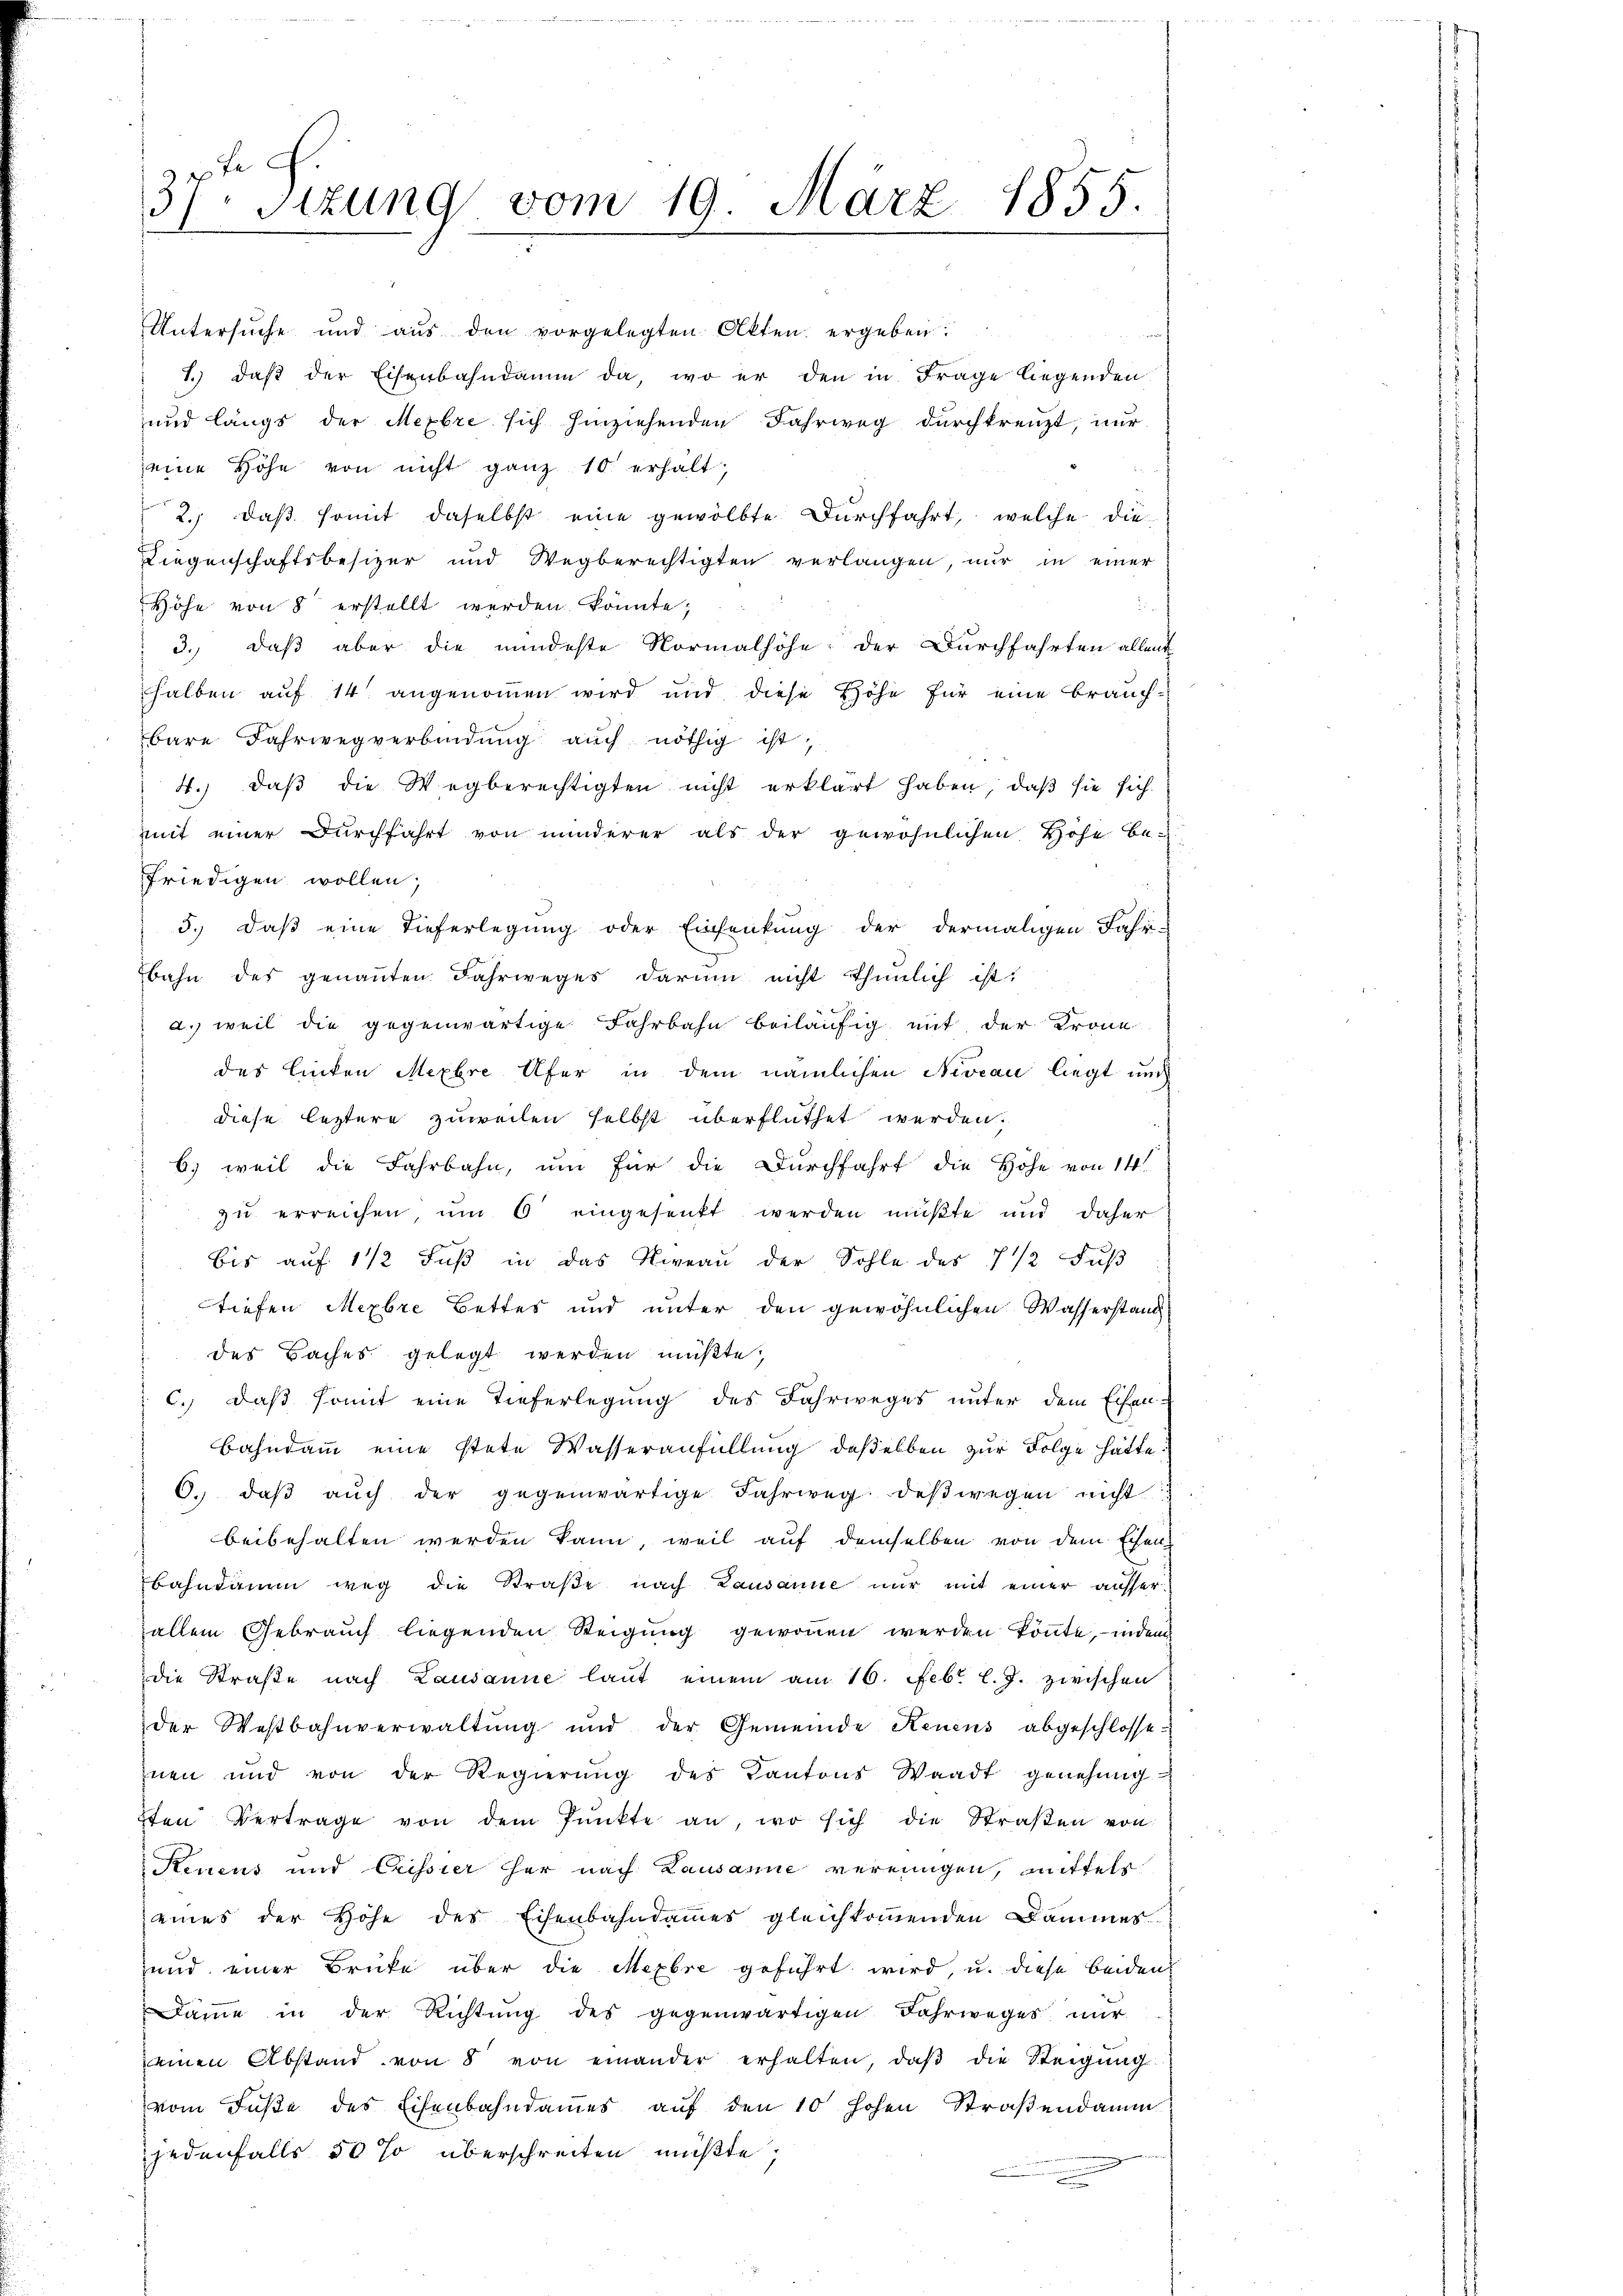
.
37. Sitzung vom 19. März 1855.

Untersŭche und aŭs den vorgelegten Akten ergeben:
1. daβ der Eisenbahndamm da, wo er den in Frage liegenden
und längs der Mexbre sich hinziehenden Fahrweg durchkreuzt, nur
eine Höhe von nicht ganz 10. erhält,
2. daβ somit daselbst eine gewölbte Durchfahrt, welche die
Liegenschaftsbesizer und Wegberechtigten verlangen, nur in einer
Höhe von 8 erstellt werden könnte;
¬
3. daß aber die mindeste Normalhöhe der Durchfahrten allent
halben auf 14 angenommen wird und diese Höhe für eine Brauch-
bare Fahrwegverbindung auch nöthig ist,
4.) daß die Wegberechtigten nicht erklärt haben, daß sie sich
mit einer Durchfahrt von minderer als der gewöhnlichen Höhe be-
friedigen wollen,
5.) Daß eine Tieferlegung oder Einsenkung der dermaligen Fahr-
bahn des genannten Fahrweges darum nicht thunlich ist:
a. weil die gegenwärtige Fahrbahn beiläufig mit der Krone
des linken Mexbre Ufer in dem nämlichen Niveau liegt und
diese leztere zuweilen selbst überfluthet werden,
6) weil die Fahrbahn, um für die Durchfahrt die Höhe von 14
zu erreichen, um 6 eingesenkt werden müßte und daher
bis aŭf 1 1/2 Fŭβ in das Niveau der Sohle des 7 1/2 Fŭβ
tiefen Mexbre Bettes und unter den gewöhnlichen Wasserstand
des Baches gelegt werden müßte;
 c.) daß somit eine Tieferlegung des Fahrweges unter dem Eisen
Bahndamm eine stete Wasseranfüllung deßelben zur Folge hätte.
6. daβ aŭch der gegenwärtige Fahrweg deswegen nicht
beibehalten werden kann, weil auf demselben von dem Ehen
bahndamm weg die Straße nach Lausanne nur mit einer ausserallein Gebrauch liegenden Steigung gewonnen werden könnte, indem
die Straße nach Lausanne laut einem am 16. Febr. l. J. zwischen
der Westbahnverwaltung und der Gemeinde Renens abgeschlosse-
nen und von der Regierŭng des Kantons Waadt genehmig-
7ten Vertrage von dem Pŭnkte an, wo sich die Straβen von
Rensus und Crissier her nach Lausanne vereinigen, mittels
eines der Höhe des Eisenbahndammes gleichkommenden Dammes-
und einer Brücke über die Mexbre geführt wird, u. diese beiden
Daṁe in der Richtŭng des gegenwärtigen Fahrweges nŭr
einen Abstand von 8 von einander erhalten, daβ die Steigung
vom Fuße des Eisenbahndaṁes aŭf den 10 hohen Straβendamm
jedenfalls 50 % überschreiten müßte,